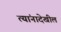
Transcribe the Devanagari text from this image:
त्यांनादेखील